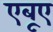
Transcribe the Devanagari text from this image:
एबूए